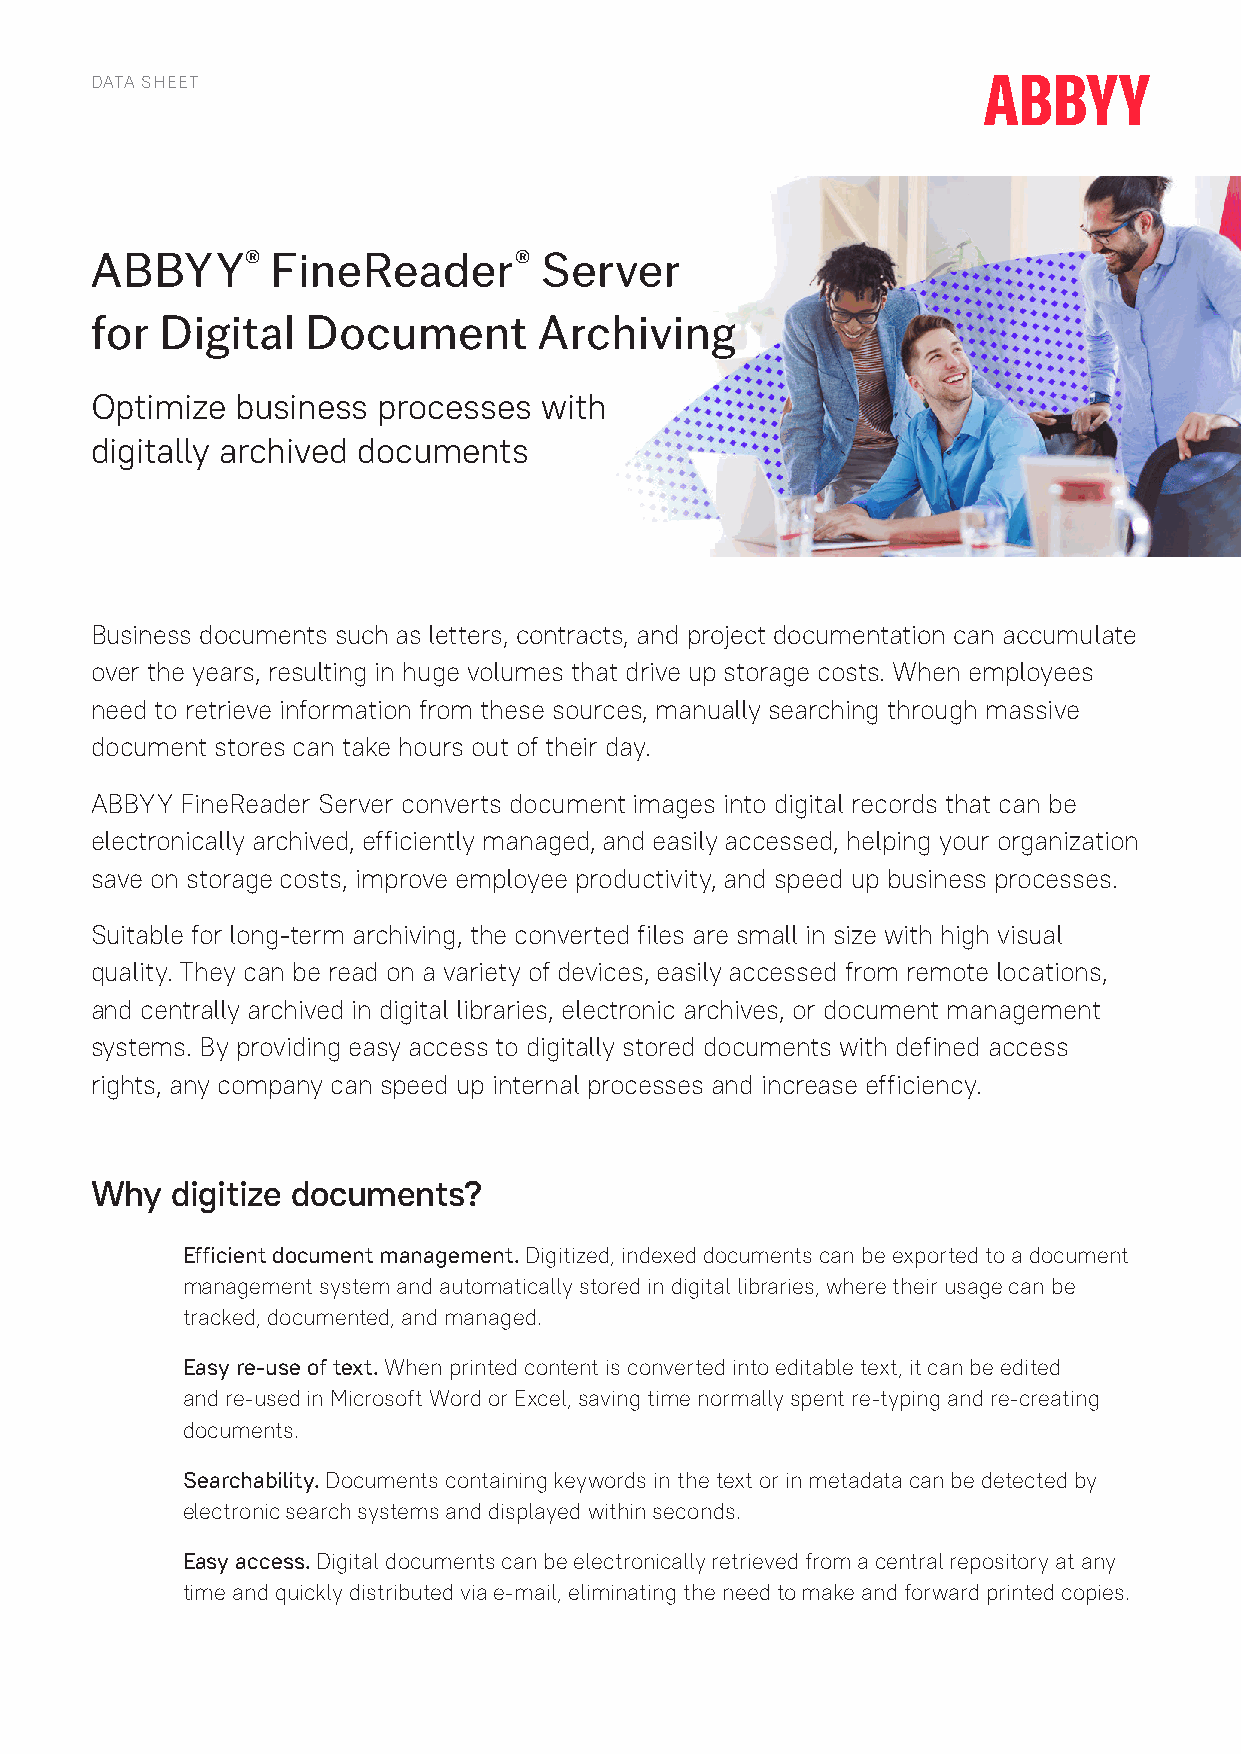
DATA SHEET
 ABBYY®      FineReader®       Server
 for  Digital  Document        Archiving
 Optimize  business processes  with
 digitally archived documents
 Business documents such as letters, contracts, and project documentation can accumulate
 over the years, resulting in huge volumes that drive up storage costs. When employees
 need to retrieve information from these sources, manually searching through massive
 document stores can take hours out of their day.
 ABBYY FineReader Server converts document images into digital records that can be
 electronically archived, efficiently managed, and easily accessed, helping your organization
 save on storage costs, improve employee productivity, and speed up business processes.
 Suitable for long-term archiving, the converted files are small in size with high visual
 quality. They can be read on a variety of devices, easily accessed from remote locations,
 and centrally archived in digital libraries, electronic archives, or document management
 systems. By providing easy access to digitally stored documents with defined access
 rights, any company can speed up internal processes and increase efficiency.
 Why  digitize documents?
 Efficient document management. Digitized, indexed documents can be exported to a document
 management system and automatically stored in digital libraries, where their usage can be
 tracked, documented, and managed.
 Easy re-use of text. When printed content is converted into editable text, it can be edited
 and re-used in Microsoft Word or Excel, saving time normally spent re-typing and re-creating
 documents.
 Searchability. Documents containing keywords in the text or in metadata can be detected by
 electronic search systems and displayed within seconds.
 Easy access. Digital documents can be electronically retrieved from a central repository at any
 time and quickly distributed via e-mail, eliminating the need to make and forward printed copies.